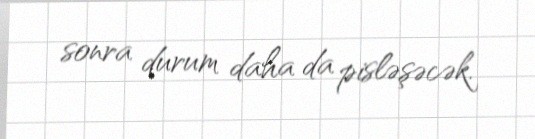
sonra durum daha da pisləşəcək.